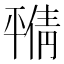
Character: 𫷝